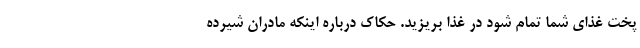
پخت غذای شما تمام شود در غذا بریزید. حکاک درباره اینکه مادران شیرده